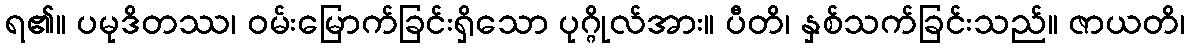
ရ၏။ ပမုဒိတဿ၊ ဝမ်းမြောက်ခြင်းရှိသော ပုဂ္ဂိုလ်အား။ ပီတိ၊ နှစ်သက်ခြင်းသည်။ ဇာယတိ၊